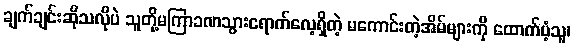
ချက်ချင်းဆိုသလိုပဲ သူတို့မကြာခဏသွားရောက်လေ့ရှိတဲ့ မကောင်းတဲ့အိမ်များကို ထောက်ပံ့သူ၊